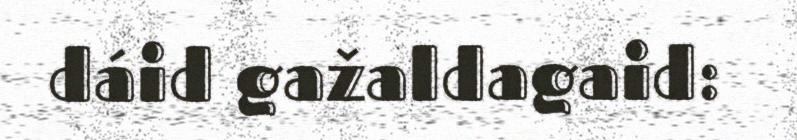
dáid gažaldagaid: